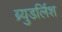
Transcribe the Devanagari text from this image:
ब्र्युडर्लिश